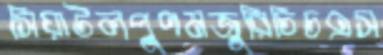
সিয়াটলপুণমজুরিচিচএস